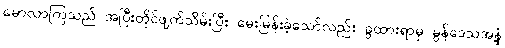
မောလာကြသည် အပြီးတိုင်ဖျက်သိမ်းပြီး မေးမြန်းခဲ့သော်လည်း ခွထားရာမှ မွန်ဒေသအနှံ့